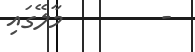
-        މާލޭގައި